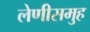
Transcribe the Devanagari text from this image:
लेणीसमुह